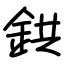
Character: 鉷